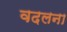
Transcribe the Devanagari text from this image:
वदलना